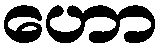
ဟော